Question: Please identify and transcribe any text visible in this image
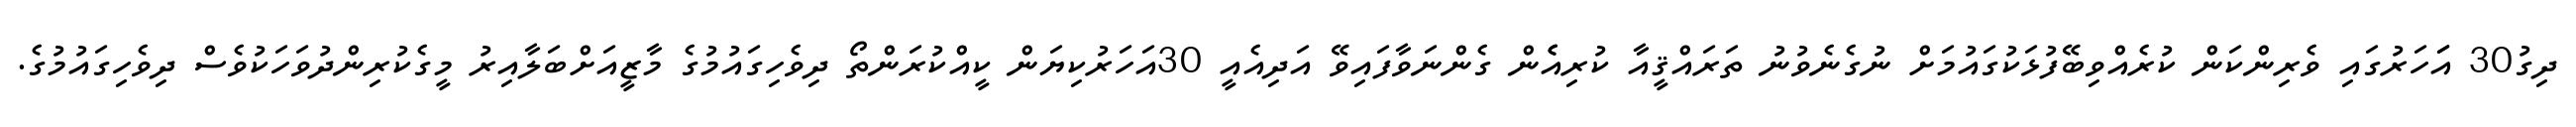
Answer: ދިގު30 އަަހަރުގައި ވެރިންކަން ކުރެއްވިބޭފުޅަކުގައުމަށް ނުގެނެވުނު ތަރައްޤީއާ ކުރިއެެން ގެންނަވާފައިވޭ އަދިއެއީ 30އަހަރުކިޔަން ކީއްކުރަންތޯ ދިވެހިގައުމުގެ މާޒީއަށްބަލާއިރު މީގެކުރިންދުވަހަކުވެސް ދިވެހިގައުމުގެ.